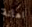
اهانة